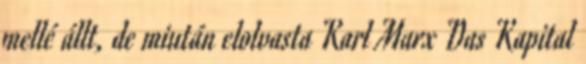
mellé állt, de miután elolvasta Karl Marx Das Kapital